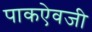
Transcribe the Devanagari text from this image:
पाकऐवजी